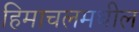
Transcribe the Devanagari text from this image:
हिमाचलमधील